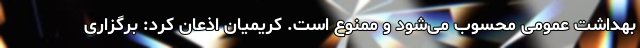
بهداشت عمومی محسوب می‌شود و ممنوع است. کریمیان اذعان کرد: برگزاری